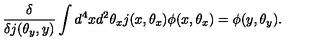
\frac { \delta } { \delta j ( \theta _ { y } , y ) } \int d ^ { 4 } x d ^ { 2 } \theta _ { x } j ( x , \theta _ { x } ) \phi ( x , \theta _ { x } ) = \phi ( y , \theta _ { y } ) .